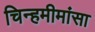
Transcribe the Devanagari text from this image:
चिन्हमीमांसा